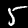
Label: 5